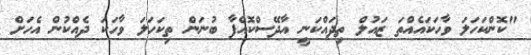
"ކޮންކަހަލަ ވާހަކައެއްތަ ޒައުލް ތިދައްކަނީ އާދޭސްކޮއްފާ ބުނަން ތިކަހަލަ ވާހަކަ ދެއްކުން އެހަށް